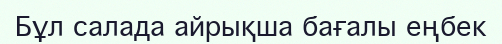
Бұл салада айрықша бағалы еңбек